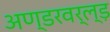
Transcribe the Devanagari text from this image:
अण्डरवर्ल्ड़